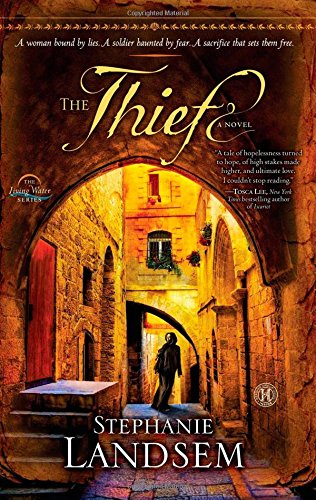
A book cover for The Thief: A Novel (The Living Water Series); Stephanie Landsem; Romance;